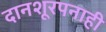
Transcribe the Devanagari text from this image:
दानशूरपनाही